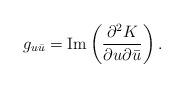
LaTeX: \begin{align*}g_{u\bar{u}} = \hbox {Im} \left( \frac {\partial^2 K}{\partial u\partial \bar{u}} \right).\end{align*}